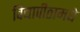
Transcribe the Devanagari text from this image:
विद्यापीठामधे